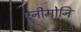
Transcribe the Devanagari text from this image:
ऐनीमोनि